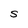
Character: S